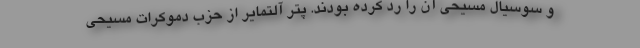
و سوسیال مسیحی آن را رد کرده بودند. پتر آلتمایر از حزب دموکرات مسیحی